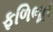
ફળિભૂત